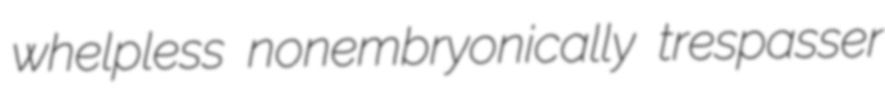
whelpless nonembryonically trespasser